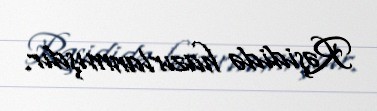
Rəşididə hazırlanmışdır.